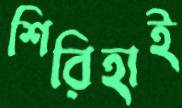
শিরিহাই